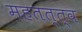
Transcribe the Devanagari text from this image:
महतत्त्व